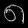
Digit: ၈